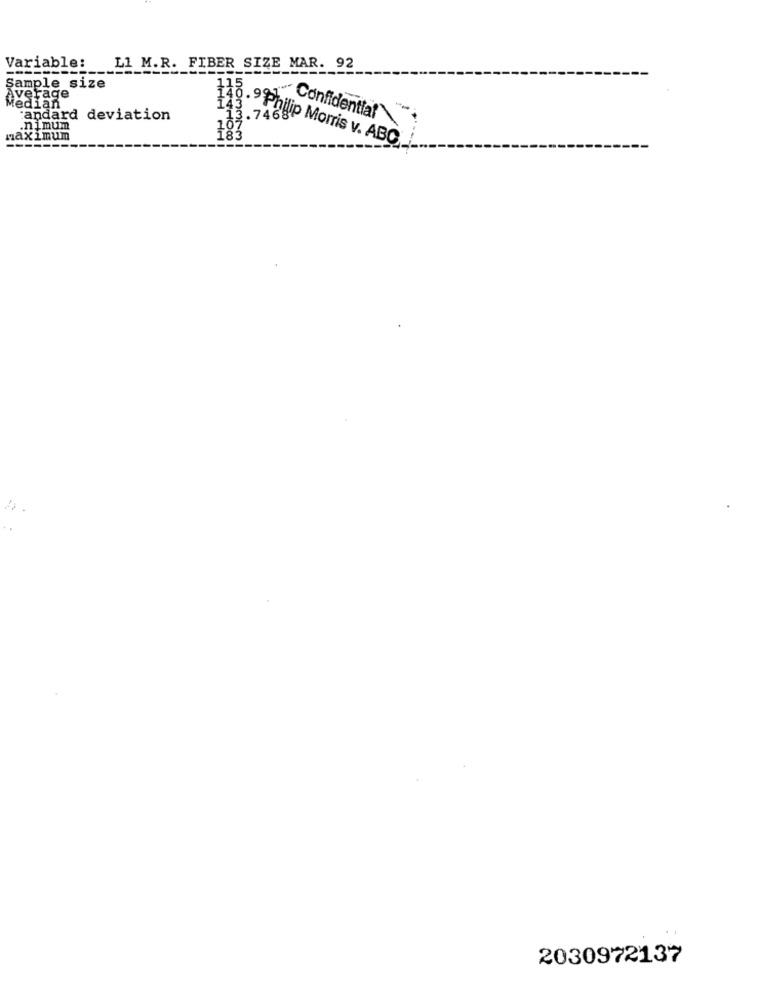
Variable:
L1 M.R. FIBER SIZE MAR. 92
Sample size
115
Average
Median
:andard deviation
1
.7468
Confidential
.nimum
107
maximum
183
.9 Philip Morris v. ABC
-------
2030972137